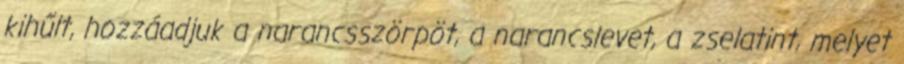
kihűlt, hozzáadjuk a narancsszörpöt, a narancslevet, a zselatint, melyet